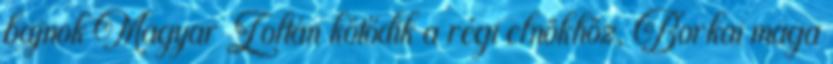
bajnok Magyar Zoltán kötődik a régi elnökhöz, Borkai maga